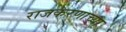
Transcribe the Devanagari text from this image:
राजकरणाच्या